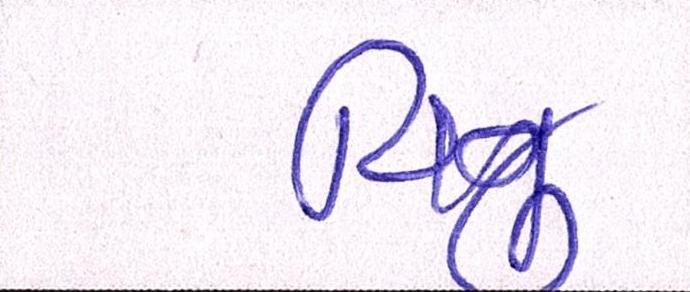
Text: વિનુ